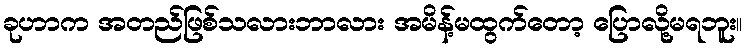
ခုဟာက အတည်ဖြစ်သလားဘာလား အမိန့်မထွက်တော့ ပြောလို့မရဘူး။